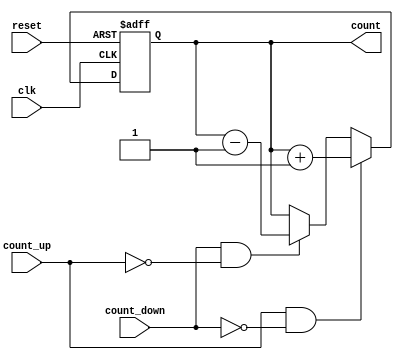
module MultiBitCounter(
    input wire clk,              // Clock signal
    input wire reset,            // Asynchronous reset signal
    input wire count_up,         // Control signal to count up
    input wire count_down,       // Control signal to count down
    output reg [3:0] count       // 4-bit output count
);

    // Asynchronous reset logic
    always @(posedge clk or posedge reset) begin
        if (reset) begin
            count <= 4'b0000;     // Reset count to 0
        end else begin
            // Counting logic
            if (count_up && !count_down) begin
                count <= count + 1;  // Increment the count
            end else if (count_down && !count_up) begin
                count <= count - 1;  // Decrement the count
            end
        end
    end

endmodule